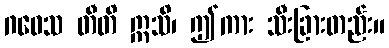
ဂဝေသ တီတိ ဣသိ၊ ဤကား သီးခြားတည်း။